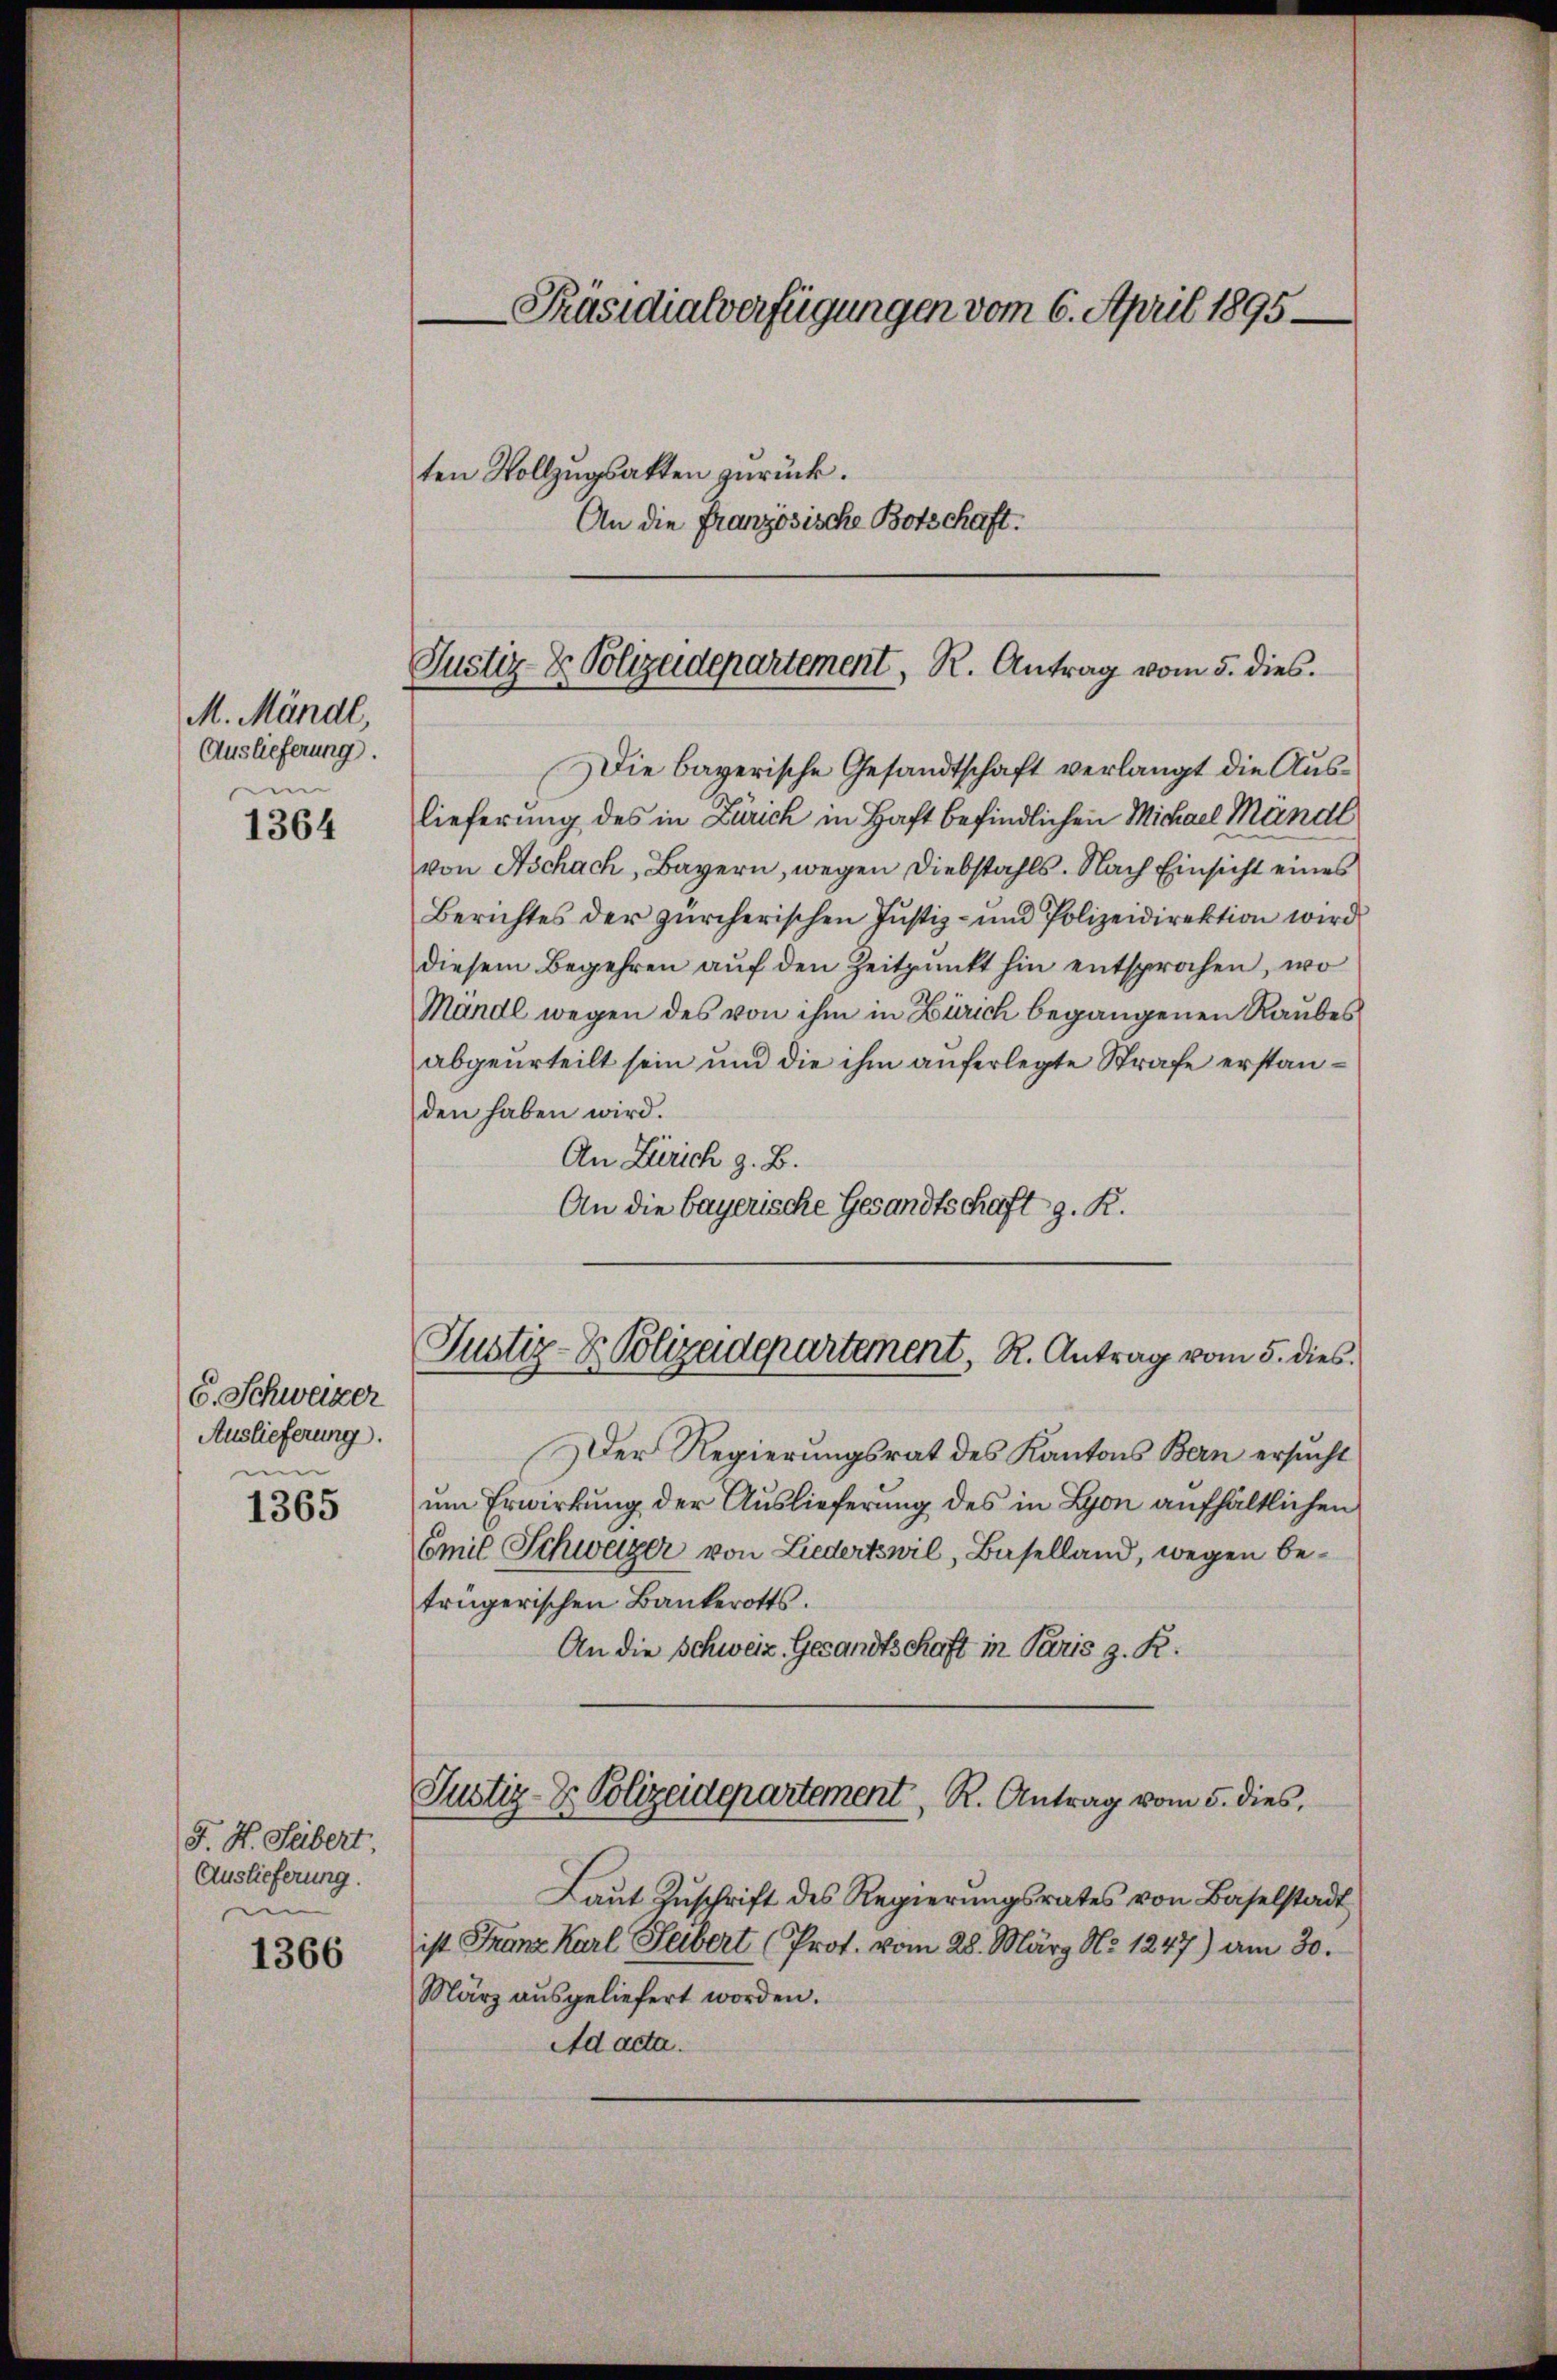
M. Mündl,
Auslieferung.
i

1364

C. Schwazer
Auslieferung.
ei

1365

J. H. Sebert
Auslieferung.
i

1366

Präsidialverfügungen vom 6. April 1895
ten Vollzugsakten zurück.
An die Französische Botschaft.

Justiz- & Polizeidepartement, R. Antrag vom 5. dies

ie bayerische Gesandtschaft verlangt die Auslieferung des in Zürich in Haft befindlichen Michael Mandl
von Aschach, Bayern, wegen Diebstahls. Nach Einsicht eines
Berichtes der zürcherischen Justiz- und Polizeidirektion wird
diesem Begehren aŭf den Zeitpunkt hin entsprochen, wo
Mändl wegen des von ihm in Zürich begangenen Raubes
abgeurteilt sein und die ihm auferlegte Strafe erstanden haben wird.
An Zürich z. B.
An die bayerische Gesandtschaft g. R.

Justiz- & Polizeidepartement, R. Antrag vom 5. dies

Der Regierungsrat des Kantons Bern ersucht
um Erwirkung der Auslieferung des in Lyon aufhältlichen
Emil Schweizer von Liedertswil, Baselland, wegen betrügerischen Bankerotts.
An die Schweiz. Gesandtschaft in Paris z. R.
Justiz- & Polizeidepartement, R. Antrag vom 5. dies
Laŭt Zŭschrift des Regierŭngsrates von Baselstadt
ist Franz Karl Leibert (Prot. vom 28. März No. 1247) am 30.
März ausgeliefert worden.
Ad acta.